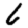
Digit: 6